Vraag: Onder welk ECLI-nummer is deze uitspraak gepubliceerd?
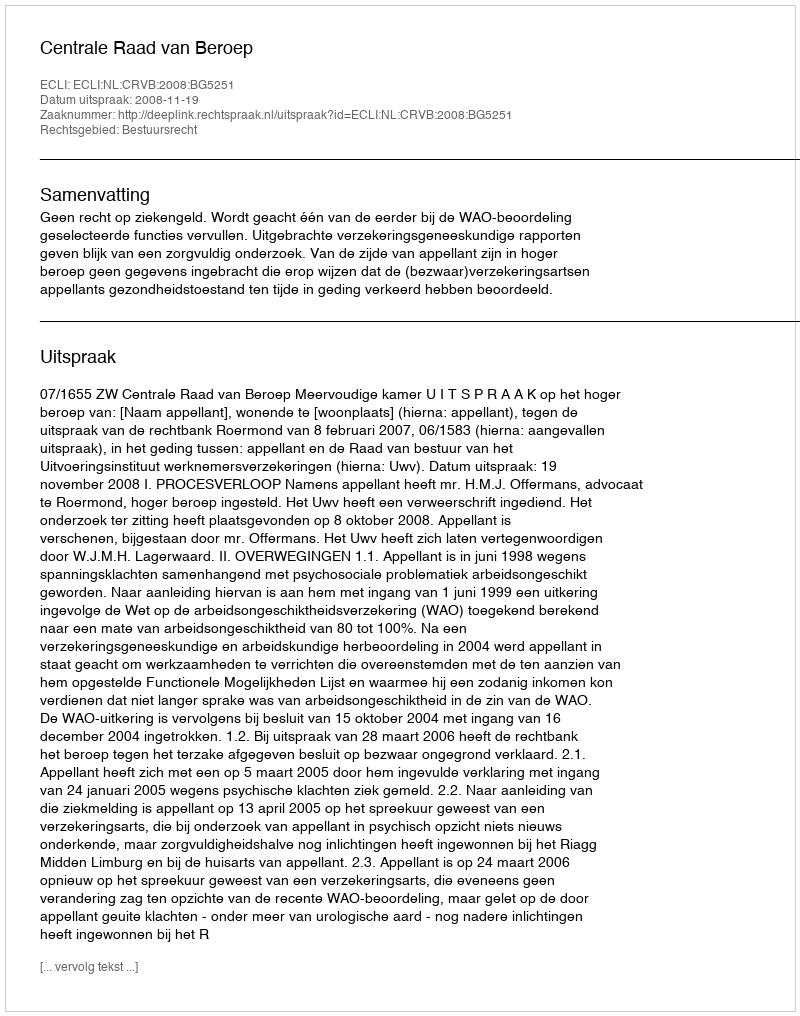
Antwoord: ECLI:NL:CRVB:2008:BG5251